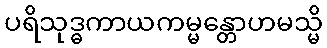
ပရိသုဒ္ဓကာယကမ္မန္တောဟမသ္မိ